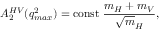
A _ { 2 } ^ { H V } ( q _ { m a x } ^ { 2 } ) = \mathrm { c o n s t } ~ \frac { m _ { H } + m _ { V } } { { \sqrt m _ { H } } } ,